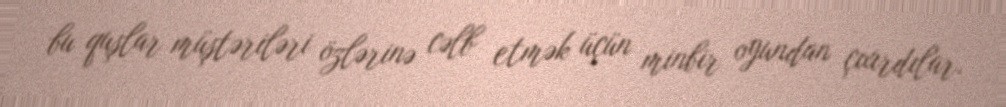
bu quşlar müştəriləri özlərinə cəlb etmək üçün minbir oyundan çıxırdılar.